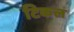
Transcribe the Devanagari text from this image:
टिकल